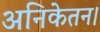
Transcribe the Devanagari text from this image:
अनिकेतन।